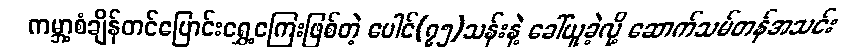
ကမ္ဘာ့စံချိန်တင်ပြောင်းရွှေ့ကြေးဖြစ်တဲ့ ပေါင်(၇၅)သန်းနဲ့ ခေါ်ယူခဲ့လို့ ဆောက်သမ်တန်အသင်း